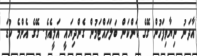
އާދަނު ނިޔާވިފަހުން ގޭގެ ކަންކަން ބަލަހައްޓަމުން ގެންދިޔައީ އަލީއެވެ. ގޭގެ އެންމެ ކުޑަ